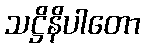
သဋ္ဌိနိပါတော